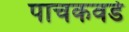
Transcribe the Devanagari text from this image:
पाचकवडे